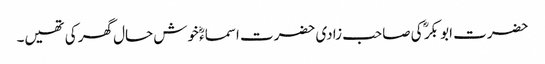
حضرت ابو بکر ؓ کی صاحب زادی حضرت اسماءؓ خوش حال گھر کی تھیں۔